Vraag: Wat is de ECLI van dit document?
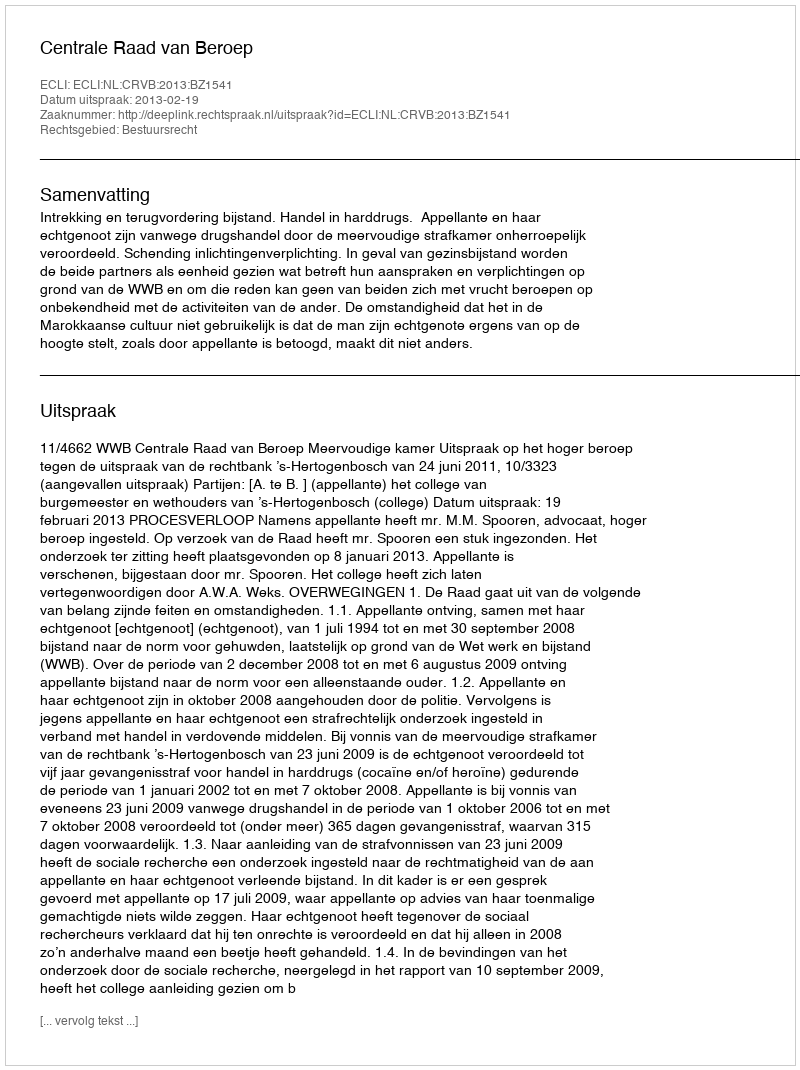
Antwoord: ECLI:NL:CRVB:2013:BZ1541